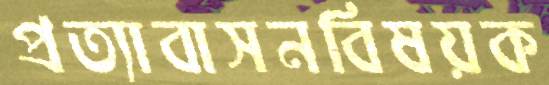
প্রত্যাবাসনবিষয়ক